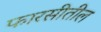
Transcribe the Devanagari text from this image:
फारसीतील